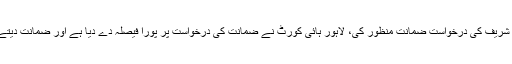
نیب کے وکیل نے کہا کہ لاہور ہائی کورٹ نے شہباز شریف کی درخواست ضمانت منظور کی، لاہور ہائی کورٹ نے ضمانت کی درخواست پر پورا فیصلہ دے دیا ہے اور ضمانت دیتے وقت شہباز شریف کو سنگین حالات کا سامنا نہیں تھا۔